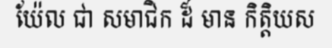
យ៉ែល ជា សមាជិក ដ៏ មាន កិត្តិយស